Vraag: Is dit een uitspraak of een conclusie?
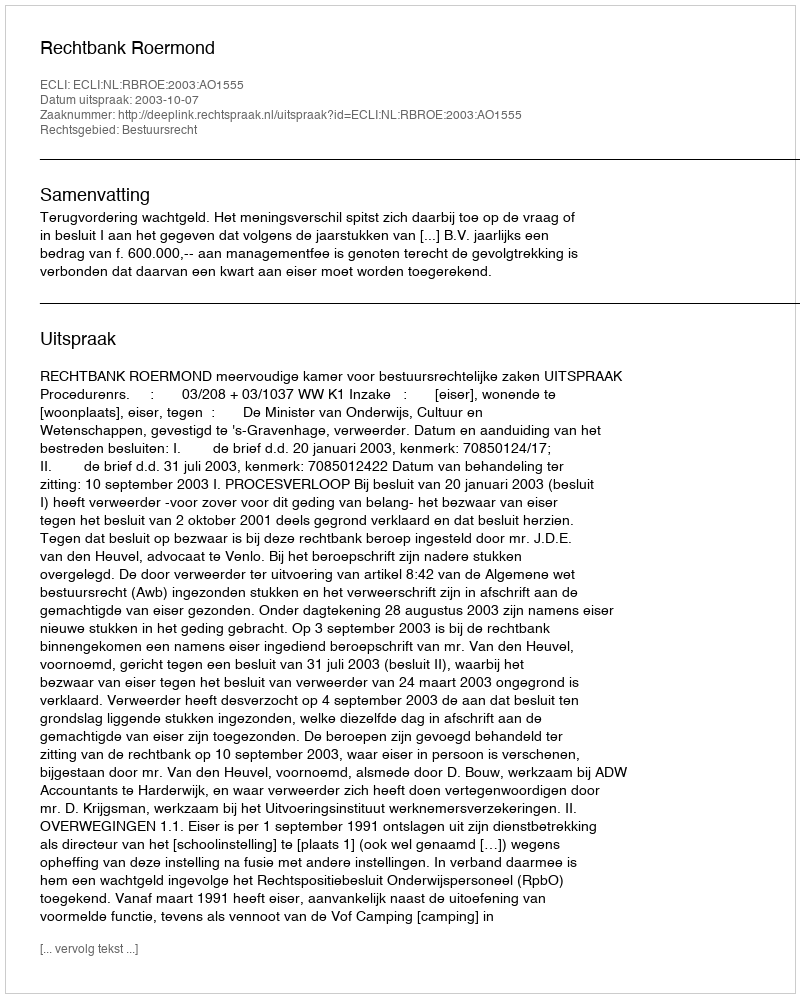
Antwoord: Uitspraak